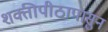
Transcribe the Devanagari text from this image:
शक्तीपीठापासुन